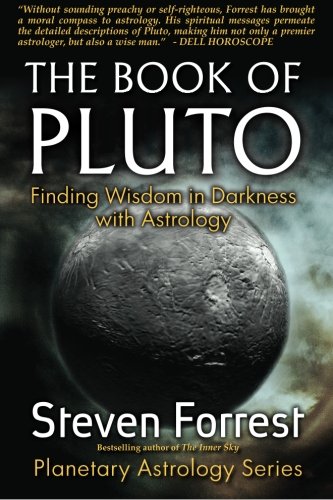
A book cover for The Book of Pluto: Finding Wisdom in Darkness with Astrology; Steven Forrest; Religion & Spirituality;